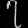
Digit: ၇